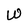
Character: W